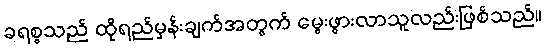
ခရစ္စသည် ထိုရည်မှန်းချက်အတွက် မွေးဖွားလာသူလည်းဖြစ်သည်။